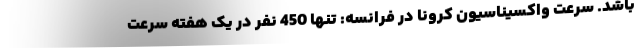
باشد. سرعت واکسیناسیون کرونا در فرانسه: تنها 450 نفر در یک هفته سرعت